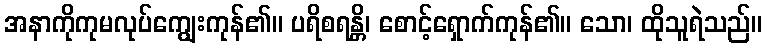
အနာကိုကုမလုပ်ကျွေးကုန်၏။ ပရိစရန္တိ၊ စောင့်ရှောက်ကုန်၏။ သော၊ ထိုသူရဲသည်။